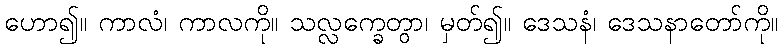
ဟော၍။ ကာလံ၊ ကာလကို။ သလ္လက္ခေတွာ၊ မှတ်၍။ ဒေသနံ၊ ဒေသနာတော်ကို။